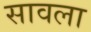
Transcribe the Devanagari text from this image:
सावला